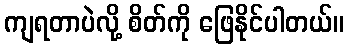
ကျရတာပဲလို့ စိတ်ကို ဖြေနိုင်ပါတယ်။